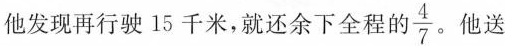
他发现再行驶15千米，就还余下全程的\frac{4}{7} 。他送